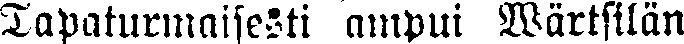
Tapaturmaisesti ampui Wärtsilän